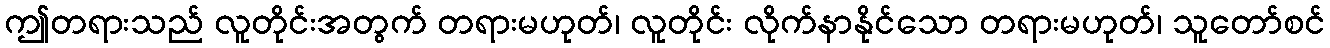
ဤတရားသည် လူတိုင်းအတွက် တရားမဟုတ်၊ လူတိုင်း လိုက်နာနိုင်သော တရားမဟုတ်၊ သူတော်စင်